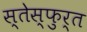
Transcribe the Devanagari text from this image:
स्तेस्फुर्त